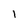
Character: 1